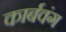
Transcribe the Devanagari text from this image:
कार्बवंग